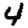
Digit: 4